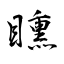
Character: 矄